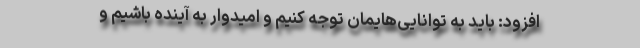
افزود: باید به توانایی‌هایمان توجه کنیم و امیدوار به آینده باشیم و